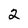
Character: 2